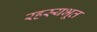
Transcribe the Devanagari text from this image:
रहस्यभूत